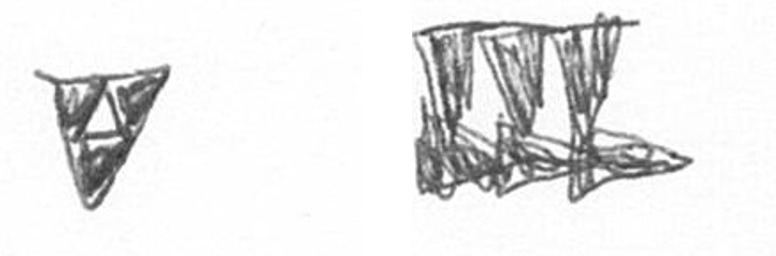
S D